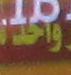
واحد